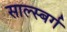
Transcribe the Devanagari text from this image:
साल्स्बर्ग